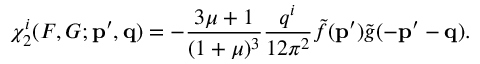
\chi _ { 2 } ^ { i } ( F , G ; { \bf p ^ { \prime } , q } ) = - \frac { 3 \mu + 1 } { ( 1 + \mu ) ^ { 3 } } \frac { q ^ { i } } { 1 2 \pi ^ { 2 } } \tilde { f } { \bf ( p ^ { \prime } } ) \tilde { g } ( { \bf - p ^ { \prime } - q } ) .